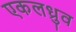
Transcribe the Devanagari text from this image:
एकलध्रुव